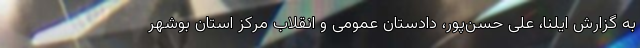
به گزارش ایلنا،‌ علی حسن‌پور، دادستان عمومی و انقلاب مرکز استان بوشهر